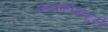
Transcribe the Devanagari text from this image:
फाकहोकशुले